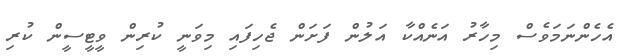
އެހެންނަމަވެސް މިހާރު އަނެއްކާ އަލުން ފަށަން ޖެހިފައި މިވަނީ ކުރިން ވީޓީސީން ކުރި